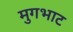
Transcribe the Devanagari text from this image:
मुगभाट